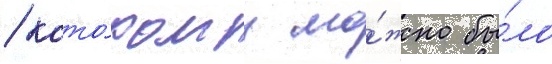
/ кото́рому мо́жно бы́ло